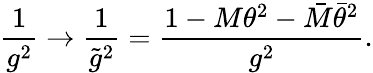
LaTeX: \frac{1}{g^{2}}\rightarrow\frac{1}{{\tilde{g}}^{2}}=\frac{1-M\theta^{2}-{\bar{M}}{\bar{\theta}}^{2}}{g^{2}}.